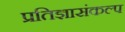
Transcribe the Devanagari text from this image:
प्रतिज्ञासंकल्प